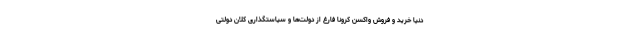
دنیا خرید و فروش واکسن کرونا فارغ از دولت‌ها و سیاستگذاری کلان دولتی